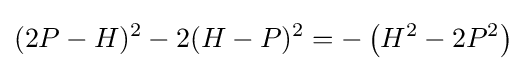
(2P-H)^{2}-2(H-P)^{2}=-\left(H^{2}-2P^{2}\right)